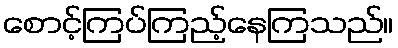
စောင့်ကြပ်ကြည့်နေကြသည်။